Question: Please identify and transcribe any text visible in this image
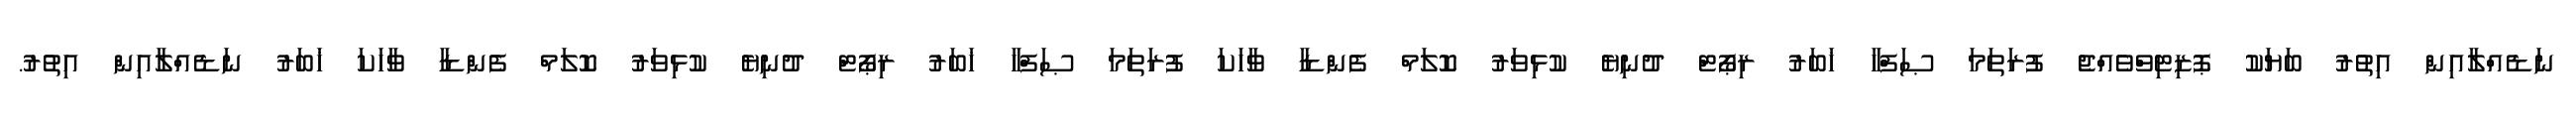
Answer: ނަޑެއްލާއިން އިތުރު ބަޔަކު ޕޮޒިޓިވްވެއްޖެ ފުރަތަމަ ޞަފްހާ ޚަބަރު ރިޕޯޓް ދުނިޔެ ކުޅިވަރު ކޮލަމް ފެންޑާ ވާހަކަ ފުރަތަމަ ޞަފްހާ ޚަބަރު ރިޕޯޓް ދުނިޔެ ކުޅިވަރު ކޮލަމް ފެންޑާ ވާހަކަ ޚަބަރު ނަޑެއްލާއިން އިތުރު.